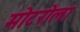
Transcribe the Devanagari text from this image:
मोटरोला